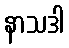
နာသဒါ